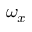
\omega _ { x }